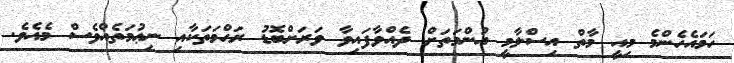
ހަމައެހެންމެ މިއީ މާތް އިސްލާމީ އުންމަތަށް ދެއްވާފައިވާ ވަރަށްބޮޑު ރަޙްމަތަކާއި ނިޢުމަތެއްވެސް މެއެވެ.